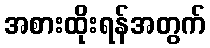
အစားထိုးရန်အတွက်